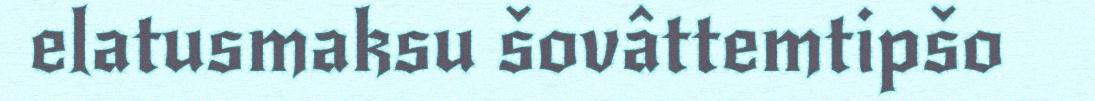
elatusmaksu šovâttemtipšo